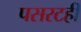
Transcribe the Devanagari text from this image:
पसरटही